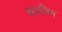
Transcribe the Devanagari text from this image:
था।जिन